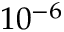
1 0 ^ { - 6 }